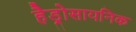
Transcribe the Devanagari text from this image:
हैड्रोसायनिक